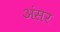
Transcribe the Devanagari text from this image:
अंसर